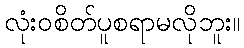
လုံးဝစိတ်ပူစရာမလိုဘူး။